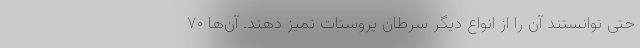
حتی توانستند آن را از انواع دیگر سرطان پروستات تمیز دهند. آن‌ها ۷۰